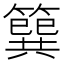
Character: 簨